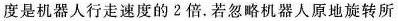
度是机器人行走速度的2倍。若忽略机器人原地旋转所